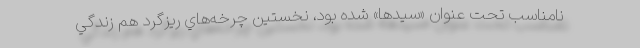
نامناسب تحت عنوان «سيدها» شده بود، نخستين چرخه‌هاي ريزگرد هم زندگي